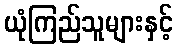
ယုံကြည်သူများနှင့်